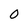
Character: 0